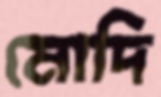
মোদি